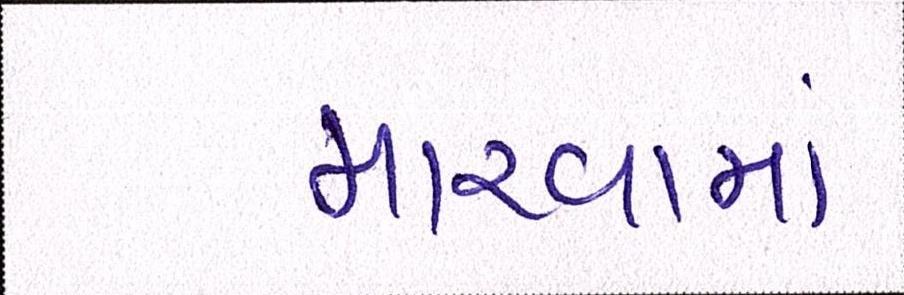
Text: મારવામાં